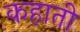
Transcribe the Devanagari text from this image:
कहाती